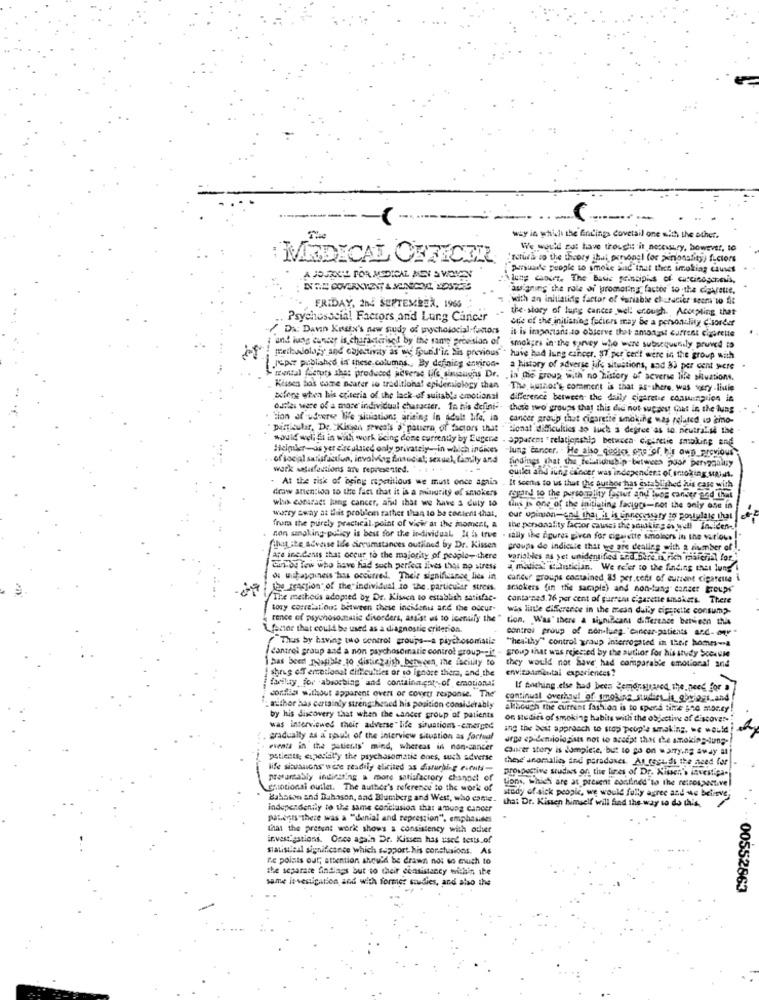
way in which the findings dovetail one with the other.
We would not have thought it necciury, however, to
MEDICAL OFFICERL
"retura so the theory ihal personel (or personality) fuctors
persuade people to smoke buid that Is imokiag causes
A JOURIKIL FOR MEDICAL MEY S VIONEY
Along with The Basic principios of carcinogenesis
awsigning the role of promoting factor to the dietreue.
.
,with an initiating factor of variable chufacier seem to fit
FRIDAY. 264 SEPTEMBER, 1966
the-story of lung cances well enough. Accepting that
Psychosocial Factors and Lung Cancer
ede of the initiating feciers may be a personality Ciorder
Da: Davin Kesix's new study of wwchosocial factors
it is important to observe that amongst current cigarette
"and lung cancer is characterised by the same provision of
smokges in the survey who were subsequently pruned to
meilalolagy and objectivity as we found'in. bis previous . have had lung cancer. 87.por cer't were in the group with
popr published in these.columns ., By defining environ-
a history of adverse jufs situations, and 33 per cent yere .
-mental (detpts that produced adverse life sinmangas Dr. . in Die group with no history of acverse lifee situations.
Kisses Sos come neater io traditional epidemiology than The author's, comment is that as- there, was very -linie
sifone when his criteria of the lack of suitable emotional difference between the daily eineretic consumption in
ourles were of a more individual character. In his defini -- those two groups that this did not- suggest Cut in the lung
. tion of usverse Wife sitiations arising in adult life, in
cancer group that cigarette smoking was pelated in emo-
" particular, De. "Kissen reveals #"pattern of factors that " Sional difficulties so luch a degree'as to. neutral's the
would wol fi in with work being done currently by Eugene . apparent " relationship between- cigaretie smoking and
Heimler-as yer circulated only privately-in which indices
of social satisfaction, involving financial; sexual, family and
lung cancer. . He also_quotes one of his own_previous
wark sogarfections are represented.
findings that the fellowship between poor betragally
- At the risk of being repetitious we must once again
quiler and lung cancer was independent of smoking MAINS.
draw anen:ion to the fact that it is a minority of smokers
If Scors to us that the author has established his care with
who contract lung cancer, and that we have a duty to
rand to the personolity toglut and ivos cancer and that
warry away at this problem rather than to be content that,
this is one of the initiating factgps-not the only one in
our opinion-cad that it is ennecessary to postplats that
fruta the purely practical.point of view at the moment, a
the personality factor causes the sousking as well inciden
non sansking policy is best for the individual It hs true . sally ibe gures given for cigarette smoinors in the various!
ihaLite adresse Ide circumstances outlined by Dr. Kissen
groups de indicate that we are dealles with a number of
are ing.Cenas that occur to the majority of people- there
variables as yet unidentified Red.Sure.I.Fich risierial for."
Cin-De few who have had such perfect lives thai no stress
madical saistician. We refer to the finding that lungi
du muitasgines has occurred. Thele significance lies in
cancur groups contained 85 per.cofs of current cigarette i
the Fraction" of the individual to the. particular stress.
smokers (in the sample) and non-lung cancer groups
The methods adopted by Dr. Kissen to establish satisfac-
canta-se3.76 per cent of gurrena cigarette smokers. There
tory correlations between these incident and the odcur-
wis late diference in the mean daily ciperelte consump.
rence of psychosomatic disorders, assist us to leentify the "
tion, Was" there & significant difference between this
Tenor that could be used as a diagnostic criterion.
control group of non-lung. "eincar-patients and- or "
"Thus by having two control groups -- a psychosomatis
"healthy" control group interrogated in their homes-a
/control group and a non psychosomatic control group -- it -
1has been INasible to distirzaish_between the facility to
I shrug oT emotional difficulties or to ignore thera, and the
they would not have' had comparable emotional and
envizaamantal experiences?
farilay for -absorbing and containacar, of emotional
If thing else had been Demonstrated the.need for a
confEss without apparent overt or covers response. The
continust overhaul of smoking studies it gbyjogs.and
withor has certainly strengthened his position considerably
although the current fashion is to spend time 140 moc.ty
by his discovery that when the cancer group of patients
on studies of smoking habits with the objective of discover- ;
was interviewed their adverse life situations -emerged
ing the best approach to stop prop's amaking. we would
gradually as a soul of the interview situation as factual
urge epidemiologimes not to accept that the smoking lung-
esenta in the patients' mind, whereas in non-cancer
Concer story is complete, but to go on wamying away at
patients; especially the psychosomatie ones, such adverse
these anomalie ind paradoxes. At_recidi the need for
life situations" were readily elicited as disturbing event-
prospective studies on the lines of Dr. Kitsen's investiga-
presumably indiesting a more satisfactory chanpet of
tions, which are as present confined"to the retrospective
guotional outlet. The author's reference to the work of
wtedy of sick people, we would fully agree and we believe;
Bahsson and Buhason, and Blumberg and West, who come.
that Dr. Kissen himself will find the way to do this.
independently to the same conclusion that among cancer
patents"there was a "denial and repression", emphasises
that the pretunt work shows a consistency with other
investigations. Once again Dr. Kissen has used tests of
sialistfeil significance which support his conclusions. As
Re points out; attention should be drawn nos so much to
the separate findlags but to their consistency within ibe
same levenipation and with former studies, and also the
00552863